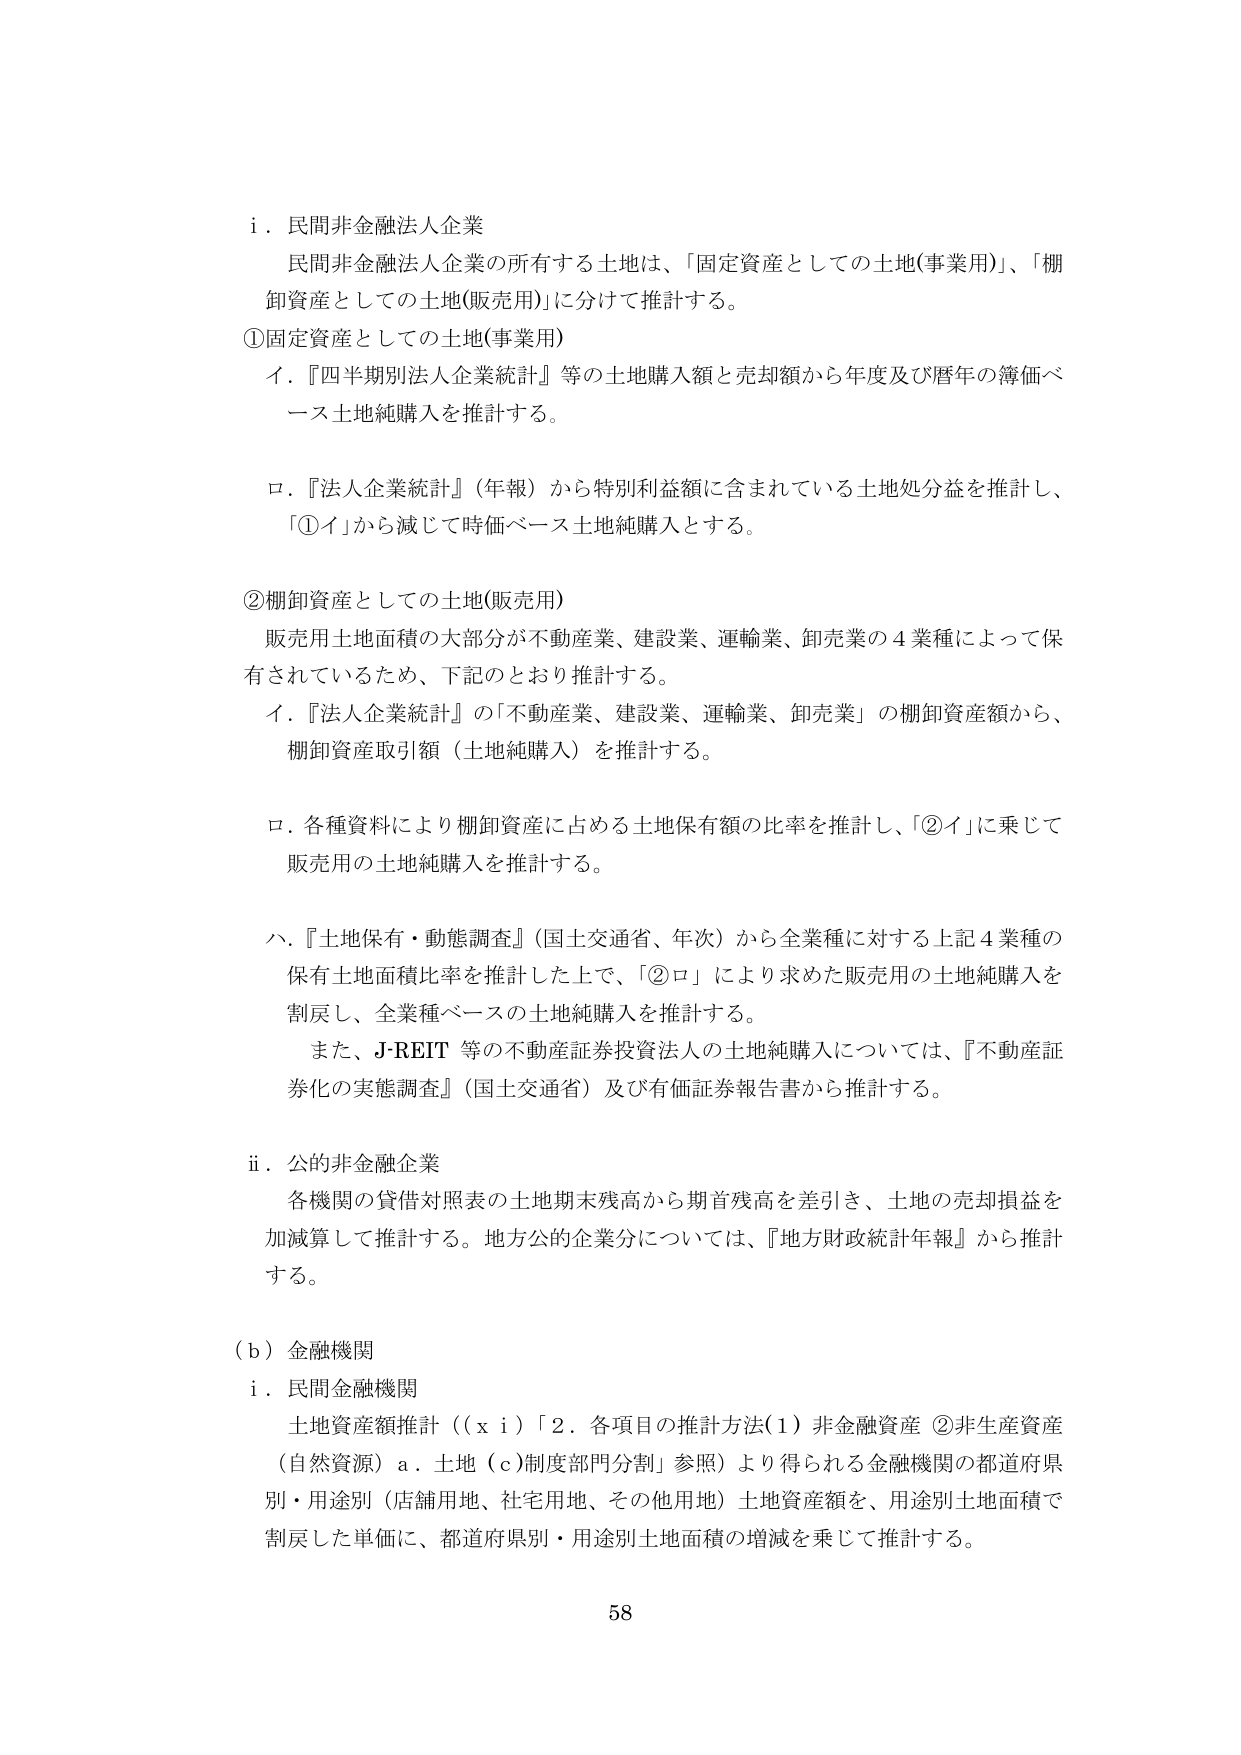
i．民間非金融法人企業
民間非金融法人企業の所有する土地は、「固定資産としての土地(事業用)」、「棚卸資産としての土地(販売用)」に分けて推計する。

①固定資産としての土地(事業用)
イ．『四半期別法人企業統計』等の土地購入額と売却額から年度及び暦年の簿価ベース土地純購入を推計する。

ロ．『法人企業統計』（年報）から特別利益額に含まれている土地処分益を推計し、「①イ」から減じて時価ベース土地純購入とする。

②棚卸資産としての土地(販売用)
販売用土地面積の大部分が不動産業、建設業、運輸業、卸売業の4業種によって保有されているため、下記のとおり推計する。
イ．『法人企業統計』の「不動産業、建設業、運輸業、卸売業」の棚卸資産額から、棚卸資産取引額（土地純購入）を推計する。

ロ．各種資料により棚卸資産に占める土地保有額の比率を推計し、「②イ」に乗じて販売用の土地純購入を推計する。

ハ．『土地保有・動態調査』（国土交通省、年次）から全業種に対する上記4業種の保有土地面積比率を推計した上で、「②ロ」により求めた販売用の土地純購入を割戻し、全業種ベースの土地純購入を推計する。
また、J-REIT等の不動産証券投資法人の土地純購入については、『不動産証券化の実態調査』（国土交通省）及び有価証券報告書から推計する。

ii．公的非金融企業
各機関の貸借対照表の土地期末残高から期首残高を差引き、土地の売却損益を加減算して推計する。地方公的企業分については、『地方財政統計年報』から推計する。

(b) 金融機関
i．民間金融機関
土地資産額推計（（x i）「2．各項目の推計方法(1) 非金融資産 ②非生産資産（自然資源）a．土地（c）制度部門分割」参照）より得られる金融機関の都道府県別・用途別（店舗用地、住宅用地、その他用地）土地資産額を、用途別土地面積で割戻した単価に、都道府県別・用途別土地面積の増減を乗じて推計する。

58